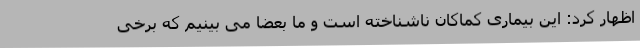
اظهار کرد: این بیماری کماکان ناشناخته است و ما بعضا می بینیم که برخی